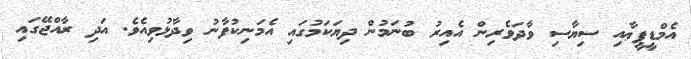
އެމްޑީޕީޢާއި ސިޔާސި ވާދަވެރިން އެއިރު ބުނަމުން ދިޔަކަމުގައި އެމަނިކުފާނު ވިދާޅުވިއެވެ. އަދި ރާއްޖޭގައި